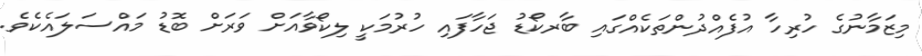
މިޒަމާނުގެ ހުރިހާ އުފެއްދުންތަކެއްގައި ބާރކޯޑު ޖަހާފައި ހުރުމަކީ ލިކޯވާއަށް ވަރަށް ބޮޑު މައްސަލައެކެވެ.